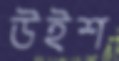
উইশ